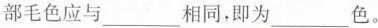
部毛色应与___相同，即为___色。